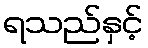
ရသည်နှင့်